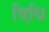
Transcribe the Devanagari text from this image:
विधि़